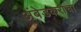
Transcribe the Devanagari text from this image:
अंबेडकरांचा